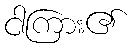
ငါကြား၏